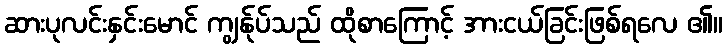
ဆားပုလင်းနှင်းမောင် ကျွန်ုပ်သည် ထိုစာကြောင့် အားငယ်ခြင်းဖြစ်ရလေ ၏။